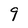
Character: 9